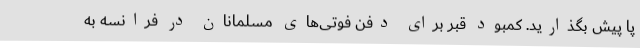
پا پیش بگذارید. کمبود قبر برای دفن فوتی‌های مسلمانان در فرانسه به